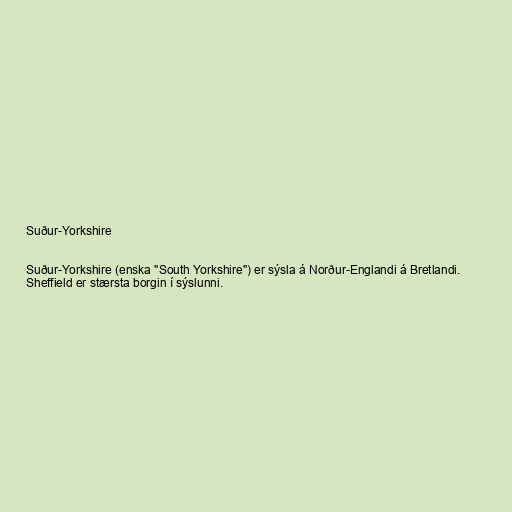
Suður-Yorkshire

Suður-Yorkshire (enska "South Yorkshire") er sýsla á Norður-Englandi á Bretlandi.
Sheffield er stærsta borgin í sýslunni.